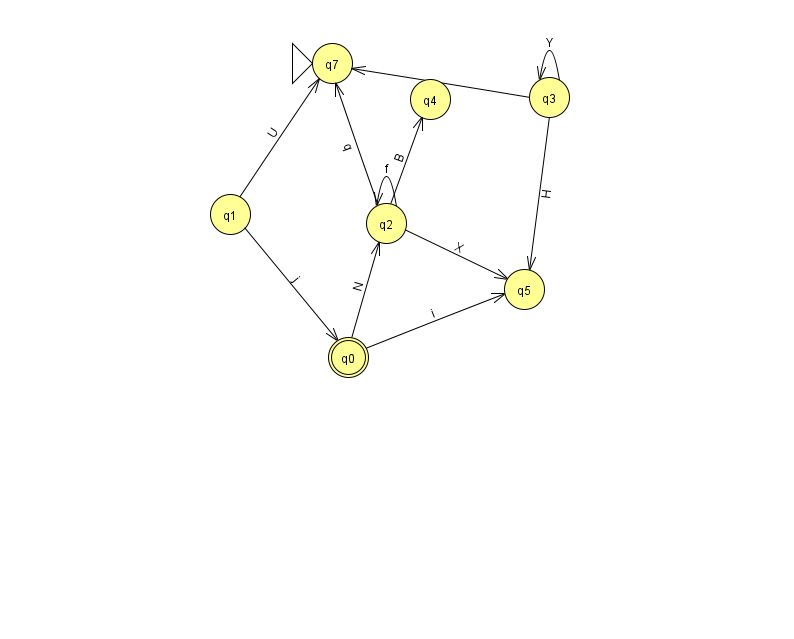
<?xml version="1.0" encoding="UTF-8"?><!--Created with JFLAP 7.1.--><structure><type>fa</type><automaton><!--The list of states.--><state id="0" name="q0"><x>348.0</x><y>344.0</y><final/></state><state id="1" name="q1"><x>230.0</x><y>201.0</y></state><state id="2" name="q2"><x>386.0</x><y>210.0</y></state><state id="3" name="q3"><x>549.0</x><y>84.0</y></state><state id="4" name="q4"><x>430.0</x><y>86.0</y></state><state id="5" name="q5"><x>524.0</x><y>276.0</y></state><state id="7" name="q7"><x>332.0</x><y>50.0</y><initial/></state><!--The list of transitions.--><transition><from>1</from><to>0</to><read>j</read></transition><transition><from>0</from><to>2</to><read>N</read></transition><transition><from>2</from><to>4</to><read>B</read></transition><transition><from>3</from><to>7</to><read>w</read></transition><transition><from>2</from><to>5</to><read>X</read></transition><transition><from>2</from><to>2</to><read>f</read></transition><transition><from>0</from><to>5</to><read>i</read></transition><transition><from>1</from><to>7</to><read>U</read></transition><transition><from>3</from><to>3</to><read>Y</read></transition><transition><from>2</from><to>7</to><read>q</read></transition><transition><from>3</from><to>5</to><read>H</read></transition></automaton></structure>